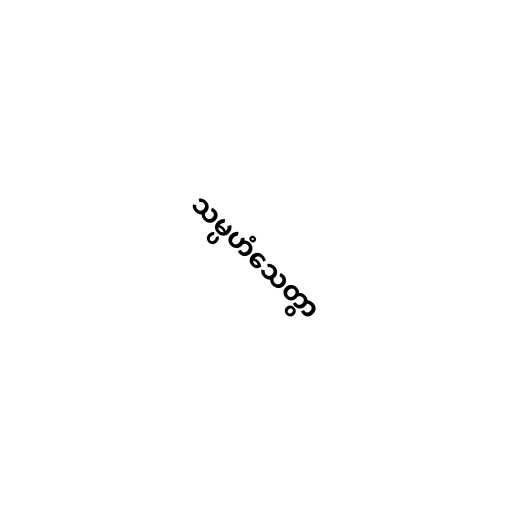
သမ္ပဟံသေတွာ